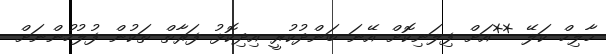
މާލިހް ކަލޭ **އަށް ފިލަނިކޮށް އޭނަ ބަންދުކުރީ އިދިކޮޅު ފަރާތް ތަކުން ފުުލުހުންނަށް